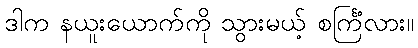
ဒါက နယူးယောက်ကို သွားမယ့် စင်္ကြံလား။